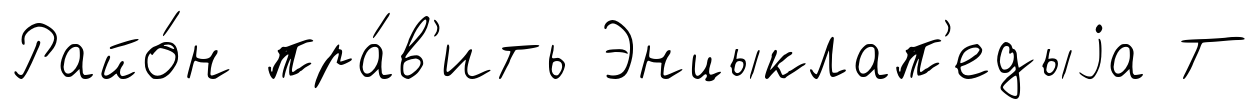
Райо́н пра́в'ить Энцыклап'едыjа Т